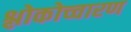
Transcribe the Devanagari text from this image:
श्लोकोच्चारण